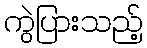
ကွဲပြားသည့်